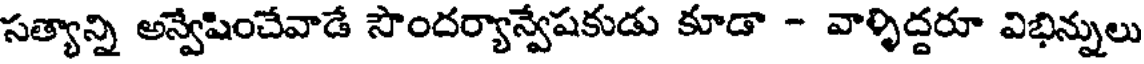
సత్యాన్ని అన్వేషించేవాడే సౌందర్యాన్వేషకుడు కూడా - వాళ్ళిద్దరూ విభిన్నులు